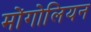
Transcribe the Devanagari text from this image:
मोंगोलियन